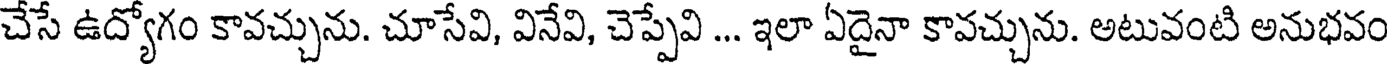
చేసే ఉద్యోగం కావచ్చును. చూసేవి, వినేవి, చెప్పేవి ... ఇలా ఏదైనా కావచ్చును. అటువంటి అనుభవం